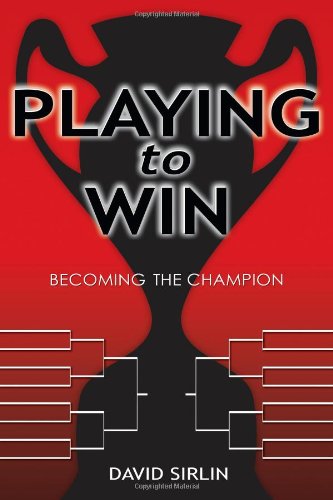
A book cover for Playing to Win: Becoming the Champion; David Sirlin; Humor & Entertainment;